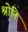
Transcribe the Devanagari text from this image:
श्रोनि